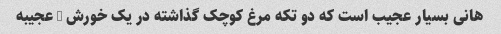
هانی بسیار عجیب است که دو تکه مرغ کوچک گذاشته در یک خورش … عجیبه